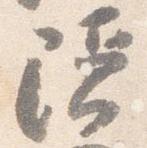
隠